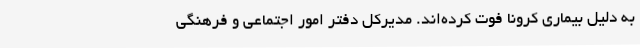
به دلیل بیماری کرونا فوت کرده‌اند. مدیرکل دفتر امور اجتماعی و فرهنگی